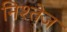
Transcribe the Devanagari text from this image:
निश्तेज